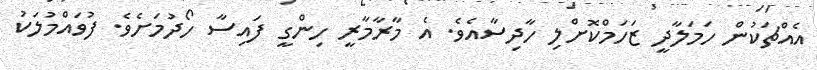
އެއްޗަކުން ހަމަލާދީ ޒަހަމްކޮށްލި ހާދިސާއެވެ. އެ މާރާމާރީ ހިންގީ ފައިސާ ހޯދުމަށެވެ. ފުވައްމުލަކު